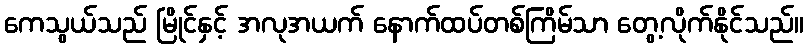
ကေသွယ်သည် မြိုင်နှင့် အလုအယက် နောက်ထပ်တစ်ကြိမ်သာ တွေ့လိုက်နိုင်သည်။